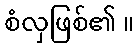
စံလှဖြစ်၏ ။